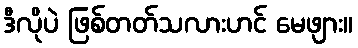
ဒီလိုပဲ ဖြစ်တတ်သလားဟင် မေဖျား။